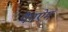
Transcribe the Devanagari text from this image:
पैनऐम